Lunatic asylums in Bengal annual reports 1912-1924 - 1912-1924
Year: 1912
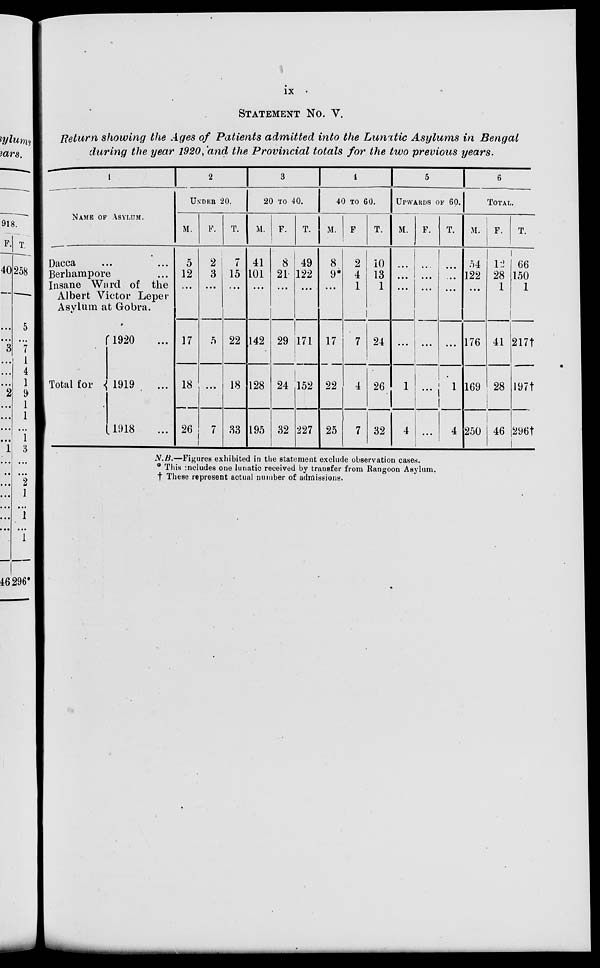
ix
STATEMENT No. V.
Return showing the Ages of Patients admitted into the Lunatic Asylums in Bengal
during the year 1920, and the Provincial totals for the two previous years.
1
NAME OF ASYLUM.
Dacca ......
Berhampore ...
Insane Ward of the
Albert Victor Leper
Asylum at Gobra.
Total for
1920 ...
1919 ...
1918 ...
2
UNDER 20.
M.
5
12
...
17
18
26
F.
2
3
...
5
...
7
T.
7
15
...
22
18
33
3
20 TO 40.
M.
41
101
...
142
128
195
F.
8
21
...
29
24
32
T.
49
122
...
171
152
227
4
40 TO 60.
M.
8
9*
...
17
22
25
F.
2
4
1
7
4
7
T.
10
13
1
24
26
32
5
UPWARDS OF 60.
M.
...
...
...
...
1
4
F.
...
...
...
...
...
...
T.
...
...
...
...
1
4
6
TOTAL.
M.
54
122
...
176
169
250
F.
12
28
1
41
28
46
T.
66
150
1
217†
197†
296†
N.B.—Figures exhibited in the statement exclude observation cases.
* This includes one lunatic received by transfer from Rangoon Asylum.
† These represent actual number of admissions.